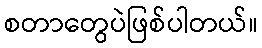
စတာတွေပဲဖြစ်ပါတယ်။